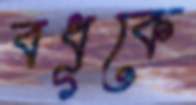
বধূকে